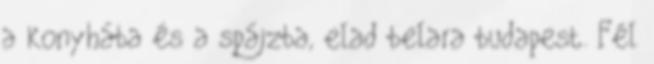
a konyhába és a spájzba, elad belara budapest. Fél